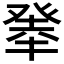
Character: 𤼳